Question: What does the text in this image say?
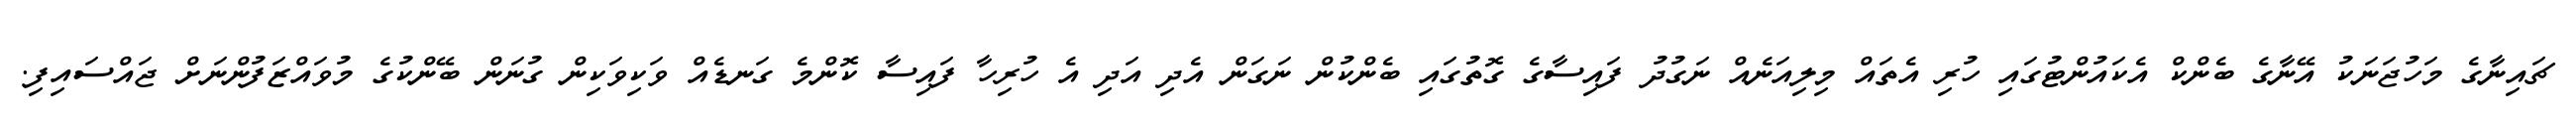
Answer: ޗައިނާގެ މަހުޖަނަކު އޭނާގެ ބެންކް އެކައުންޓުގައި ހުރި އެތައް މިލިއަނެއް ނަގުދު ފައިސާގެ ގޮތުގައި ބެންކުން ނަގަން އެދި އަދި އެ ހުރިހާ ފައިސާ ކޮންމެ ގަނޑެއް ވަކިވަކިން ގުނަން ބޭންކުގެ މުވައްޒަފުންނަށް ޖައްސައިފި.